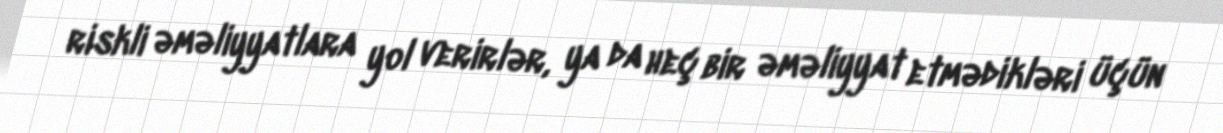
riskli əməliyyatlara yol verirlər, ya da heç bir əməliyyat etmədikləri üçün